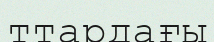
ттардағы